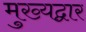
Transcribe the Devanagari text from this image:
मुख्‍यद्वार